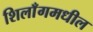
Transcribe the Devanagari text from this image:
शिलाँगमधील